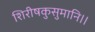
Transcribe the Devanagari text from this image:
शिरीषकुसुमानि।।